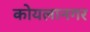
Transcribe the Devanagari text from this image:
कोयलानगर